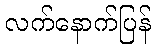
လက်နောက်ပြန်